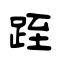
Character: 跮